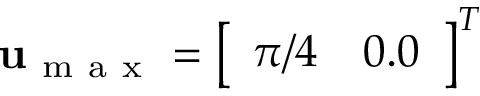
\mathbf { u } _ { \mathrm { ~ m ~ a ~ x ~ } } = \left[ \begin{array} { l l } { \pi / 4 } & { 0 . 0 } \end{array} \right] ^ { T }